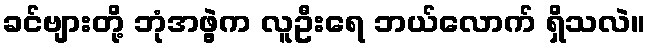
ခင်ဗျားတို့ ဘုံအဖွဲ့က လူဦးရေ ဘယ်လောက် ရှိသလဲ။